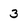
Character: 3